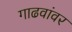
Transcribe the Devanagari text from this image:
गाढवांवर